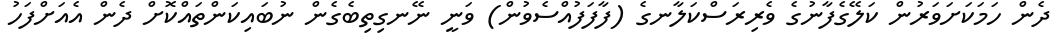
ދެން ހަމަކަށަވަރުން ކަލޭގެފާނުގެ ވެރިރަސްކަލާނގެ (ފާފަފުއްސެވުން) ވަނީ ނޭނގިތިބެގެން ނުބައިކަންތައްކޮށް ދެން އެއަށްފަހު